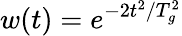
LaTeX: w(t)=e^{-2t^{2}/T_{g}^{2}}